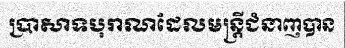
ប្រាសាទបុរាណដែលមន្ត្រីជំនាញបាន